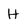
Character: H